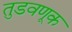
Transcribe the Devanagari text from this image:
तुडवणूक